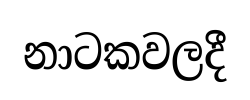
නාටකවලදී